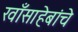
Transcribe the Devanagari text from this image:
खाँसाहेबांचे